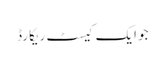
جو ایک کیسٹ ریکارڈ